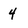
Character: 4